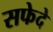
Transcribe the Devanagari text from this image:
सफेदे